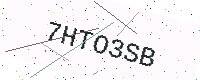
Text: 7HTO3SB